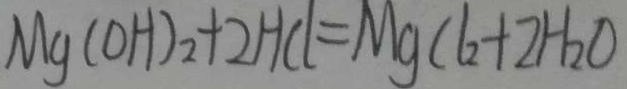
M g ( O H ) _ { 2 } + 2 H C l = M g ( l + 2 H _ { 2 } O